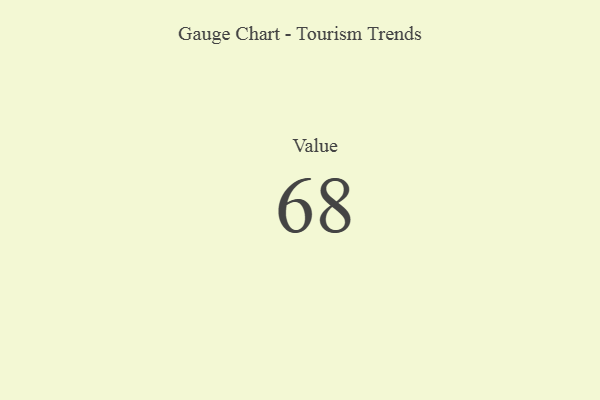
{"axis": {"x": "Metric", "y": "Value"}, "legend": [""], "data": [{"x": "Value", "y": 68, "type": ""}]}